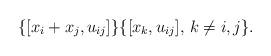
LaTeX: \begin{gather*} \{[x_i+x_j, u_{ij}] \} \{ [x_k,u_{ij}],\, k \not= i,j \}.\end{gather*}